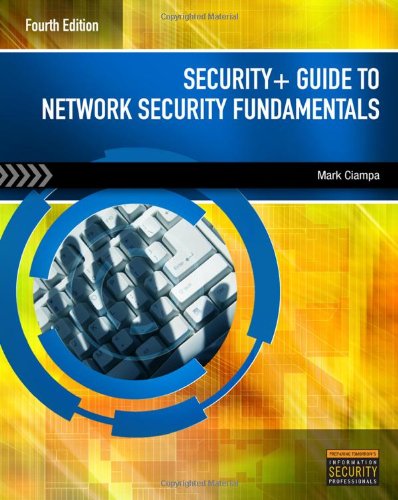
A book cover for Security+ Guide to Network Security Fundamentals; Mark Ciampa; Computers & Technology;